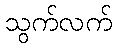
သွက်လက်